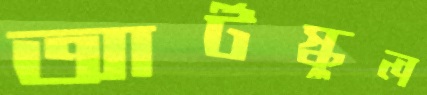
আর্টস্কুল